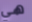
هي